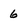
Character: 6